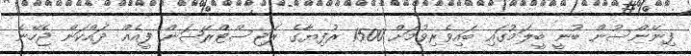
ފިނޭންސުން ބުނީ ބީލަމުގައި ބައިވެރިވުމަށް 1500 ރުފިޔާގެ ރަޖިސްޓްރޭޝަން ފީއެއް ދައްކަން ޖެހޭނެ